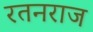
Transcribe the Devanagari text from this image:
रतनराज